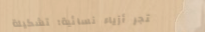
متجر أزياء نسائية: تشكيلة